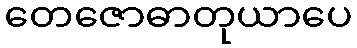
တေဇောဓာတုယာပေ